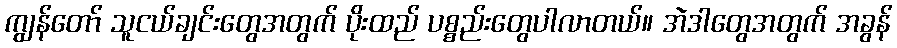
ကျွန်တော် သူငယ်ချင်းတွေအတွက် ပိုးထည် ပစ္စည်းတွေပါလာတယ်။ အဲဒါတွေအတွက် အခွန်